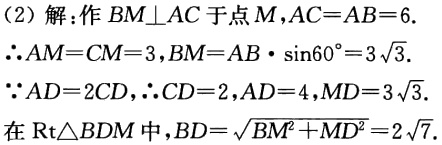
（2）解：作 \(BM\perp AC\) 于点 \(M\)，\(AC = AB = 6\)。

\(\therefore AM = CM = 3\)，\(BM = AB\cdot\sin60^{\circ}=3\sqrt{3}\)。

\(\because AD = 2CD\)，\(\therefore CD = 2\)，\(AD = 4\)，\(MD = 3\sqrt{3}\)。

在 \(\text{Rt}\triangle BDM\) 中，\(BD=\sqrt{BM^{2}+MD^{2}} = 2\sqrt{7}\)。